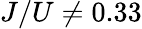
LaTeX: J/U\neq 0.33